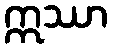
ဣဿာ